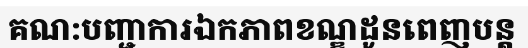
គណ:បញ្ជាការឯកភាពខណ្ឌដូនពេញបន្ត